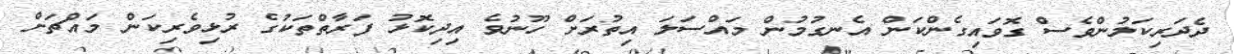
ދެދަރިކަލުންވެސް ގޮވައިގެންކަން އެނގުމުން މައްސަލަ އިތުރަށް ހޫނުވެ އިދިކޮޅު ފަރާތްތަކުގެ ރުޅިވެރިކަން މައްޗަށް